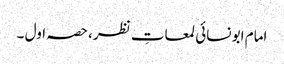
امام ابو نسائی لمعاتِ نظر، حصہ اول ۔